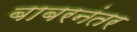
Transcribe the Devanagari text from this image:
बाबरनंतर